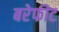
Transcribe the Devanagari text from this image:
बरेफीट